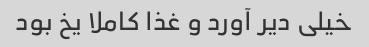
خیلی دیر آورد و غذا کاملا یخ بود